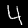
Label: 4